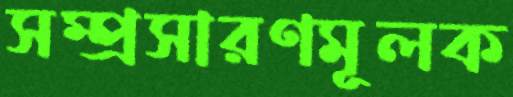
সম্প্রসারণমূলক